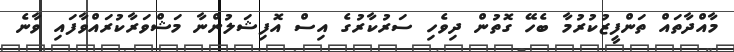
މާއްދާތައް ތަންފީޒުކުރުމާ ބެހޭ ގޮތުން ދިވެހި ސަރުކާރުގެ އިސް އޮފިޝަލުންނާ މަޝްވަރާކުރައްވާފައި ވާނެ